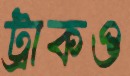
ট্রাকও